Punjab Mental Hospital Lahore 1922-31 - 1922-1931
Year: 1922
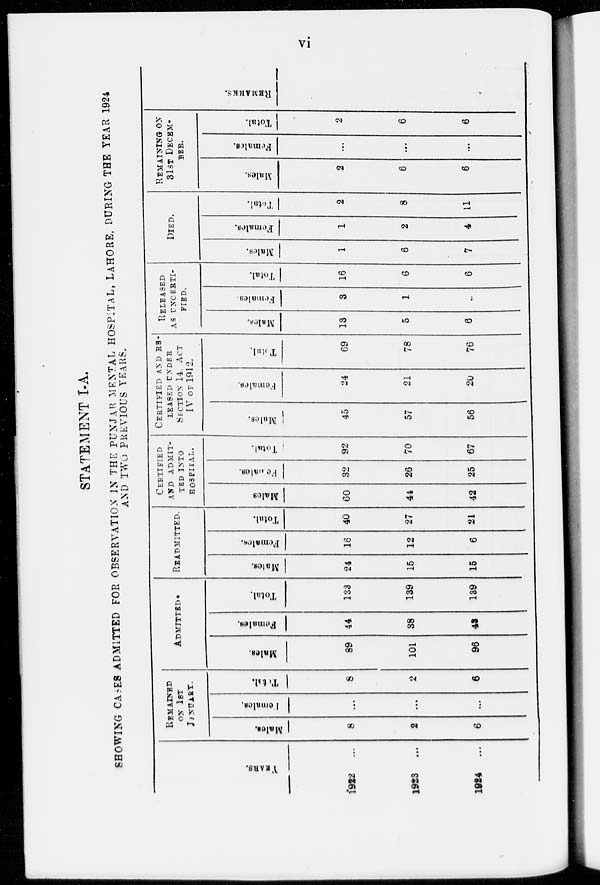
vi
STATEMENT I-A.
SHOWING CASES ADMITTED FOR OBSERVATION IN THE PUNJAB MENTAL HOSPITAL, LAHORE, DURING THE YEAR 1924
AND TWO PREVIOUS YEARS.
YEARS.
1922
...
1923
...
1924
...
REMAINED
ON 1ST
JANUARY.
Males.
8
2
6
Females.
...
...
...
Total.
8
2
6
ADMITTED
Males.
89
101
96
Families.
44
38
43
Total.
133
139
139
READMITTED.
Males.
24
15
15
Females.
16
12
6
Total.
40
27
21
CERTIFIED
AND
ADMIT-
TED INTO
HOSPITAL.
Males
60
44
42
Females.
32
26
25
Total.
92
70
67
CERTIFIED AND RE-
LEASED UNDER
SECTION 14. ACT
IV OF 1912.
Males.
45
57
56
Females.
24
21
20
Total.
69
78
76
RELEASED
AS
UNCERTI-
FIED.
Males.
13
5
6
Females
3
1
...
Total.
16
6
6
DIED.
Males.
1
6
7
Females.
1
2
4
Total.
2
8
11
REMAINING ON
31ST
DECEM-
---.
Males.
2
6
6
Females.
...
...
...
Total.
2
6
6
REMARKS.